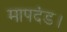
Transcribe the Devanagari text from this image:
मापदंड।